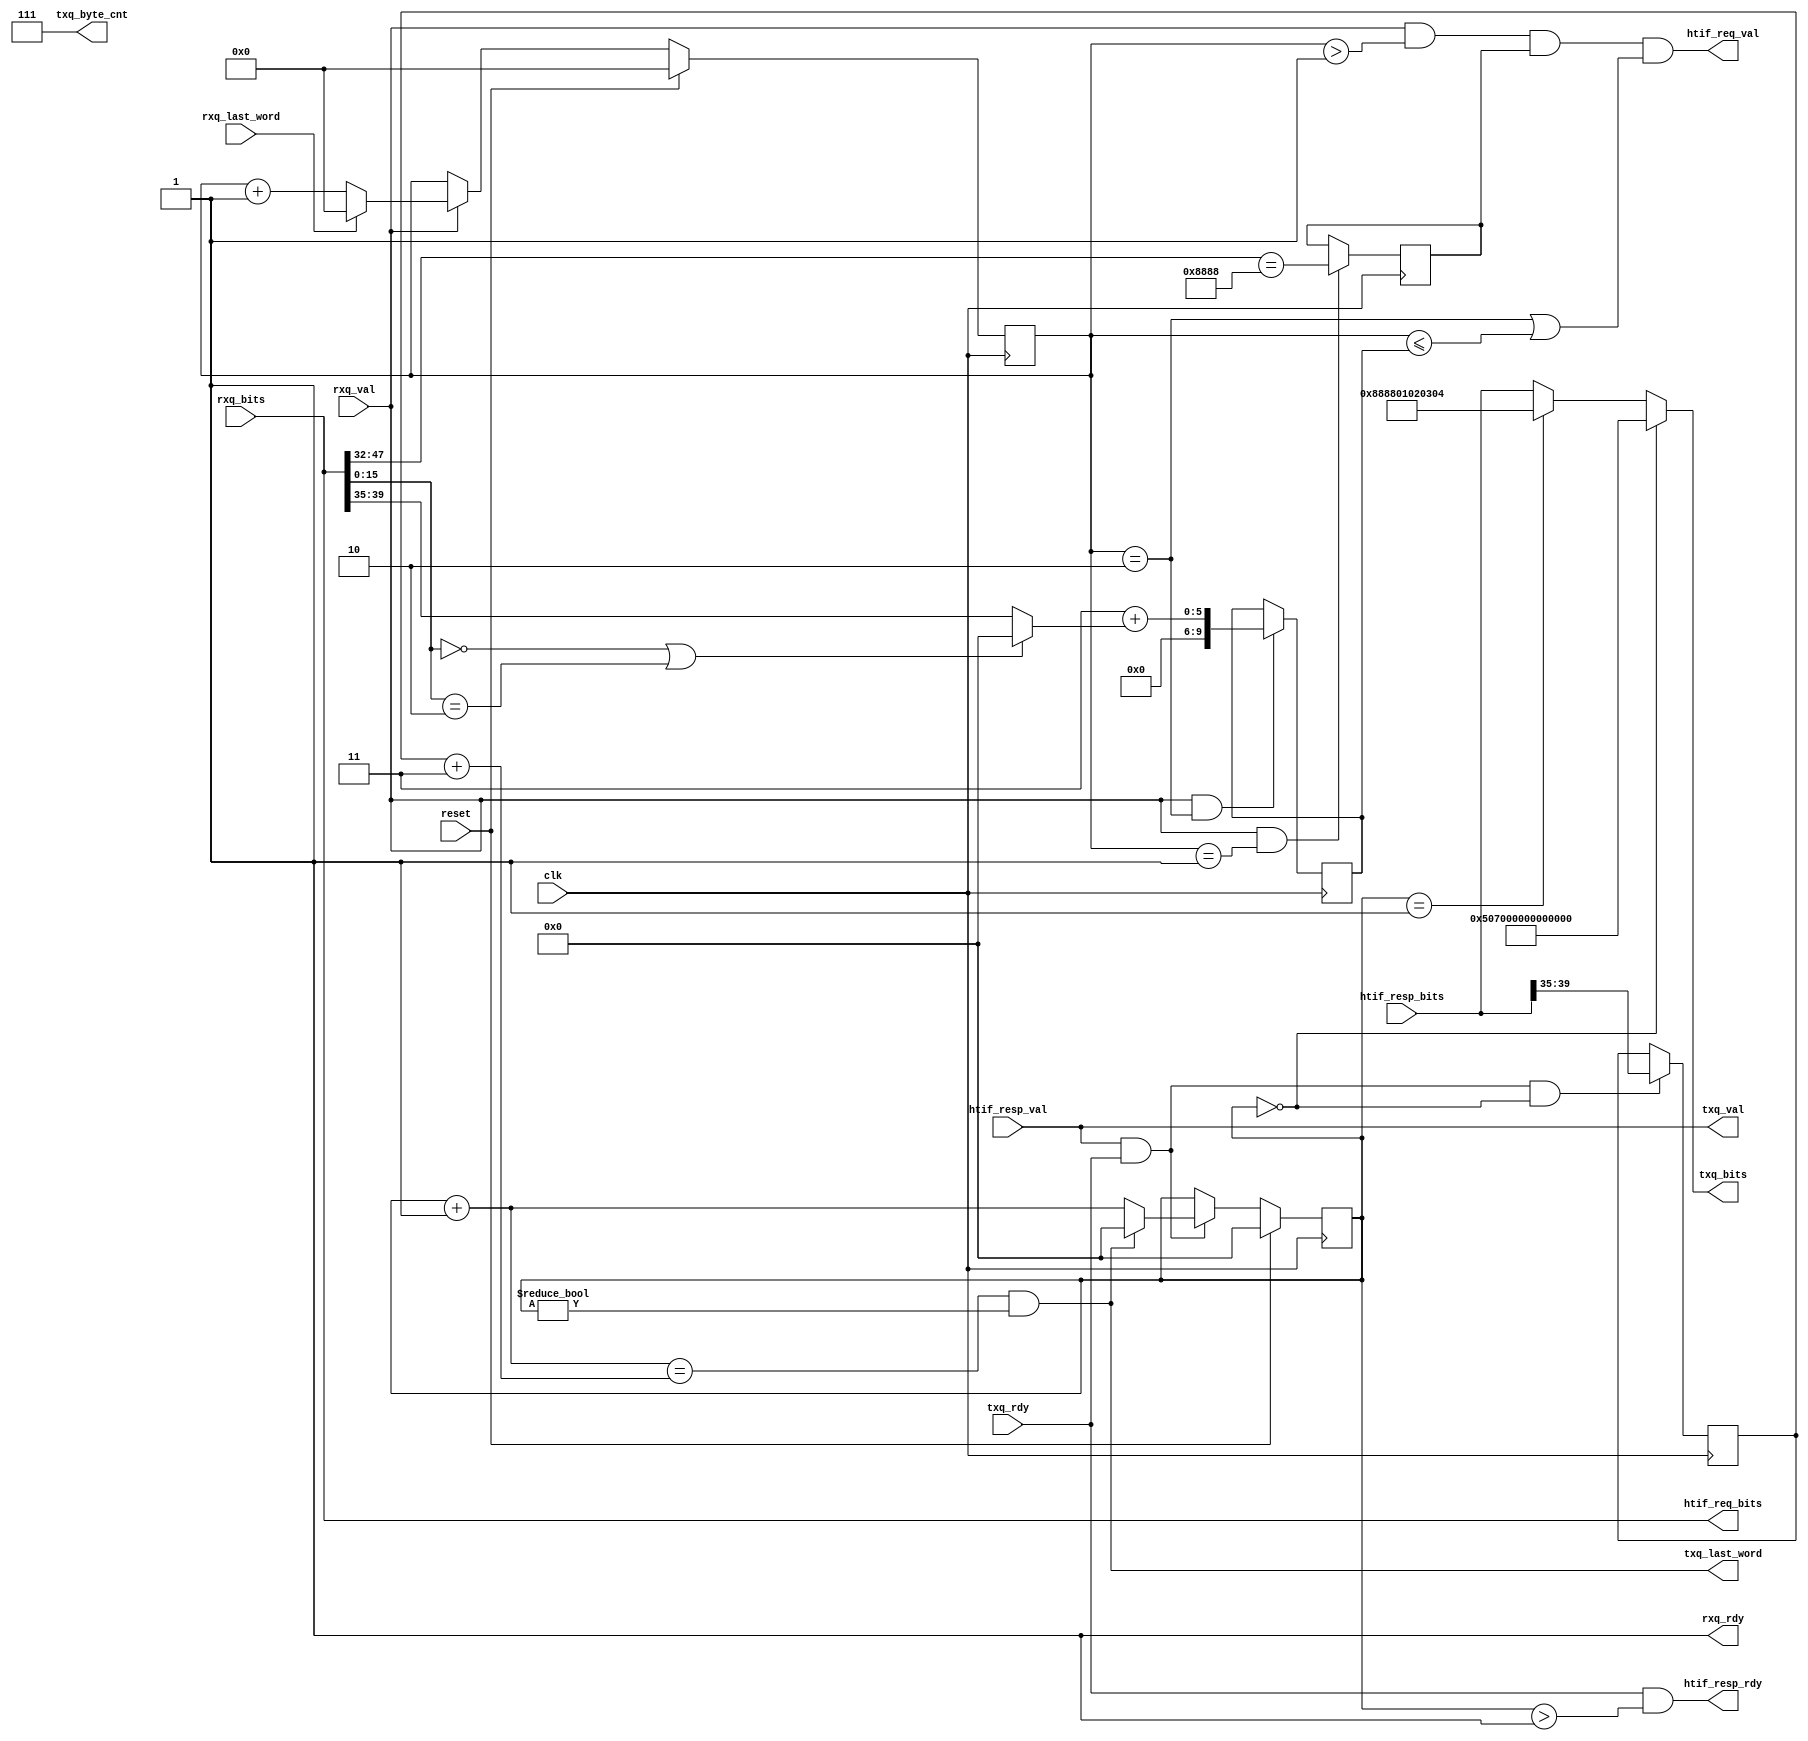
module HTIFEthernetAdapter
(
  input clk,
  input reset,

  input [63:0] rxq_bits,
  input        rxq_last_word,
  input        rxq_val,
  output       rxq_rdy,

  output [63:0] txq_bits,
  output [2:0]  txq_byte_cnt,
  output        txq_last_word,
  output        txq_val,
  input         txq_rdy,

  output        htif_req_val,
  output [63:0] htif_req_bits,

  output        htif_resp_rdy,
  input         htif_resp_val,
  input  [63:0] htif_resp_bits
);

  localparam RISCV_TYPE = 16'h8888;
  localparam CMD_LOAD = 16'd0;
  localparam CMD_SAVE = 16'd1;
  localparam CMD_LCR = 16'd2;
  localparam CMD_WCR = 16'd3;

  // rx adapter

  reg [9:0] reg_rx_cnt, reg_rx_size;
  reg reg_rx_good_packet;

  always @(posedge clk)
  begin
    if (reset)
      reg_rx_cnt <= 10'd0;
    else if (rxq_val)
      reg_rx_cnt <= rxq_last_word ? 1'b0 : reg_rx_cnt+1'b1;

    if (rxq_val && reg_rx_cnt == 10'd1)
      reg_rx_good_packet <= (rxq_bits[47:32] == RISCV_TYPE);

    if (rxq_val && reg_rx_cnt == 10'd2)
      reg_rx_size <= 10'd3 + ((rxq_bits[15:0] == CMD_LOAD ||
                               rxq_bits[15:0] == CMD_LCR)    ? 1'b0
                                                             : rxq_bits[39:35]);
  end

  assign rxq_rdy = 1'b1;
  assign htif_req_val = rxq_val & (reg_rx_cnt > 10'd1) &
                        reg_rx_good_packet & (reg_rx_cnt == 10'd2 || reg_rx_cnt <= reg_rx_size);
  assign htif_req_bits = rxq_bits;

  // tx adapter

  localparam MAC_DST = 48'hff_ff_ff_ff_ff_ff;
  localparam MAC_SRC = 48'h01_02_03_04_05_06;

  reg [4:0] reg_tx_cnt, reg_payload_words;

  always @(posedge clk)
  begin
    if (reset)
      reg_tx_cnt <= 5'd0;
    else if (txq_val && txq_rdy)
      reg_tx_cnt <= txq_last_word ? 1'b0 : reg_tx_cnt+1'b1;

    if (txq_val && txq_rdy && reg_tx_cnt == 5'd0)
      reg_payload_words <= htif_resp_bits[39:35];
  end

  assign txq_bits
    = reg_tx_cnt == 5'd0 ? {MAC_SRC[15:0], MAC_DST}
    : reg_tx_cnt == 5'd1 ? {16'd0, RISCV_TYPE, MAC_SRC[47:16]}
    : htif_resp_bits;

  assign txq_byte_cnt = 3'd7;
  assign txq_val = htif_resp_val;
  assign txq_last_word = (reg_tx_cnt+1'b1 == reg_payload_words+5'd3) & (reg_tx_cnt != 5'd0);

  assign htif_resp_rdy = txq_rdy & (reg_tx_cnt > 5'd1);

endmodule